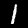
Label: 1